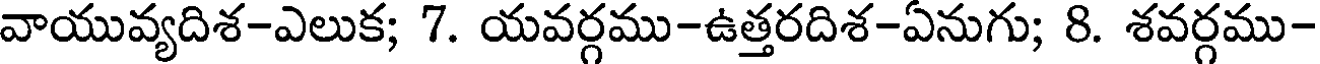
వాయువ్యదిశ-ఎలుక; 7. యవర్గము-ఉత్తరదిశ-ఏనుగు; 8. శవర్గము-